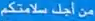
من-احد-سلامتكم